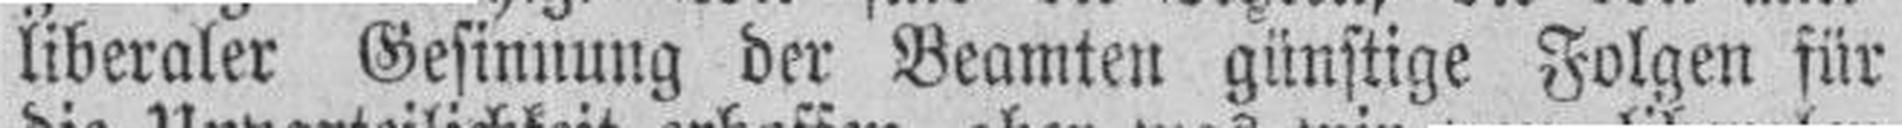
liberaler Gesinnung der Beamten günstige Folgen für